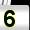
Digit: 5